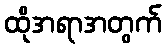
ထိုအရာအတွက်